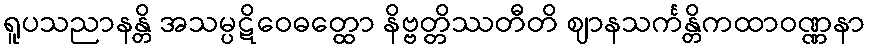
ရူပသညာနန္တိ အသမ္ပဋိဝေဓတ္ထော နိဗ္ဗတ္တိဿတီတိ ဈာနသင်္ကန္တိကထာဝဏ္ဏနာ